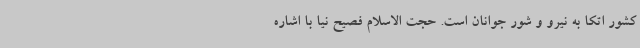
کشور اتکا به نیرو و شور جوانان است. حجت الاسلام فصیح نیا با اشاره